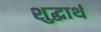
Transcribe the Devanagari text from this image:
शुद्धार्थ